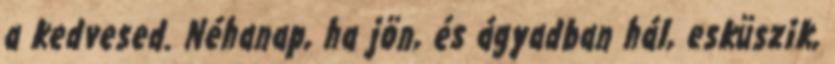
a kedvesed. Néhanap, ha jön, és ágyadban hál, esküszik,